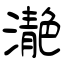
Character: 濪